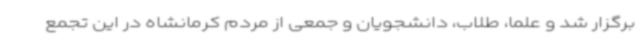
برگزار شد و علما، طلاب، دانشجویان و جمعی از مردم کرمانشاه در این تجمع